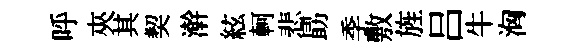
呼夾其契澣絃軻悲勗季敷旌吕牛洶